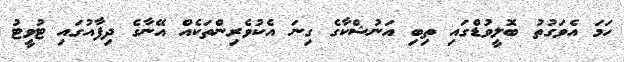
ހަމަ އެވަގުތު ބޮލީވުޑްގައި ތިބި އަނުޝްކާގެ ގިނަ އެކުވެރިންތަކެއް އޭނާގެ ދިފާއުގައި ޓުވީޓު